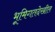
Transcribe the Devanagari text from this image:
भूमिगतदेखील